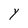
Character: Y